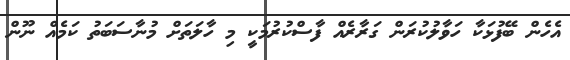
އެހެން ބޭފުޅަކާ ހަވާލުކުރަން ގަރާރެއް ފާސްކުރުމަކީ މި ހާލަތަށް މުނާސަބަތު ކަމެއް ނޫން